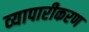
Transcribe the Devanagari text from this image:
व्‍यापारीकरण